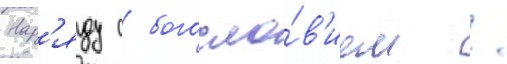
Нар'яду с богосло́в'ием /